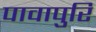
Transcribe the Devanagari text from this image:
पावापुरि